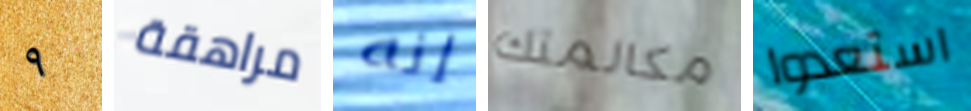
٩ مراهقة إنه مكالمتك استعدوا